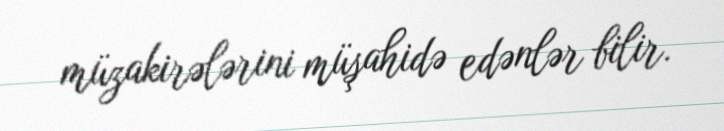
müzakirələrini müşahidə edənlər bilir.